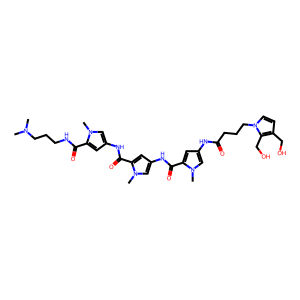
SMILES: CN(C)CCCNC(=O)c1cc(NC(=O)c2cc(NC(=O)c3cc(NC(=O)CCCn4ccc(CO)c4CO)cn3C)cn2C)cn1C
Inhibits HIV replication: No